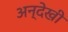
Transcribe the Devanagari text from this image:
अन्देखी